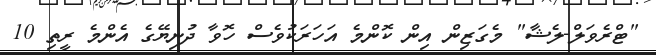
"ޓްރެވަލް-ލެޝާ" މެގަޒިން އިން ކޮންމެ އަހަރަކުވެސް ހޮވާ ދުނިޔޭގެ އެންމެ ރީތި 10